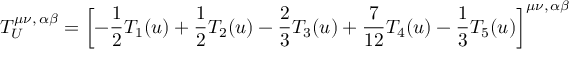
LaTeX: T _ { U } ^ { \mu \nu , \, \alpha \beta } = \left[ - \frac 1 2 T _ { 1 } ( u ) + \frac 1 2 T _ { 2 } ( u ) - \frac 2 3 T _ { 3 } ( u ) + \frac 7 { 1 2 } T _ { 4 } ( u ) - \frac 1 3 T _ { 5 } ( u ) \right] ^ { \mu \nu , \, \alpha \beta }